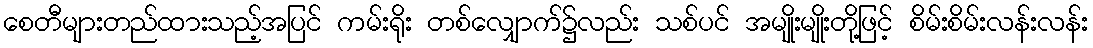
စေတီများတည်ထားသည့်အပြင် ကမ်းရိုး တစ်လျှောက်၌လည်း သစ်ပင် အမျိုးမျိုးတို့ဖြင့် စိမ်းစိမ်းလန်းလန်း